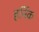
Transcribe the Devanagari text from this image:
हर्निक